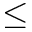
\leq